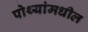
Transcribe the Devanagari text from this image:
पोथ्यांमधील